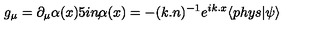
g _ { \mu } = \partial _ { \mu } \alpha ( x ) \makebox [ . 5 i n ] { , } \alpha ( x ) = - ( k . n ) ^ { - 1 } e ^ { i k . x } \langle p h y s | \psi \rangle